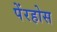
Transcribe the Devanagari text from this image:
पेंरहोस